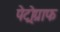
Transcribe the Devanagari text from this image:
पेट्रोग्राफ